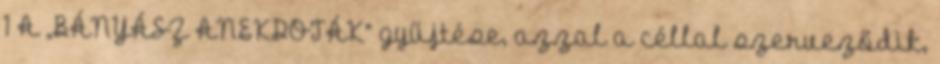
1 A „BÁNYÁSZ ANEKDOTÁK” gyűjtése, azzal a céllal szerveződik,